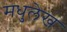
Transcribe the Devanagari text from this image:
मधुलेख